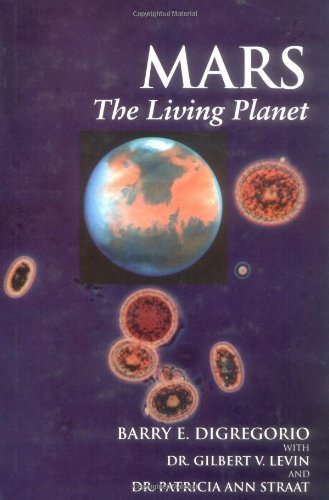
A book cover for Mars: The Living Planet; Barry E. DiGregorio; Science & Math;